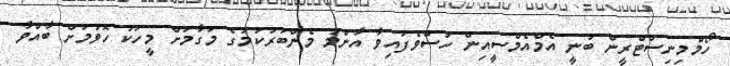
ހޯމްމިނިސްޓްރީން ބުނީ އެމްއެމްސީއިން ހުސްވެފައިވާ އާންމު މެންބަރުކަމުގެ މަގާމަށް މީހަކު ހޮވުމަށް ބާއްވާ